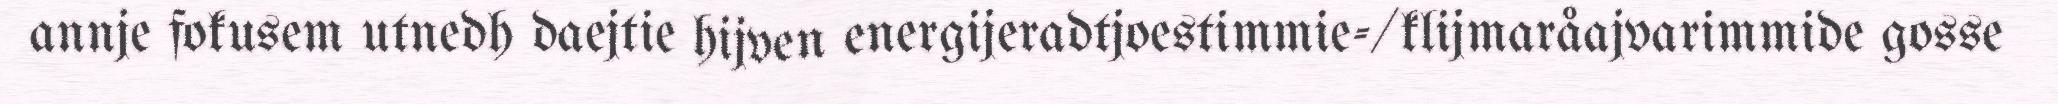
annje fokusem utnedh daejtie hijven energijeradtjoestimmie-/klijmaråajvarimmide gosse